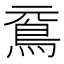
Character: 䲶